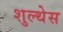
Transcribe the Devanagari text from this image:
शुल्थेस